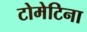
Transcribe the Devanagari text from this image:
टोमेटिना